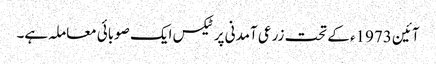
آئین 1973ء کے تحت زرعی آمدنی پر ٹیکس ایک صوبائی معاملہ ہے۔